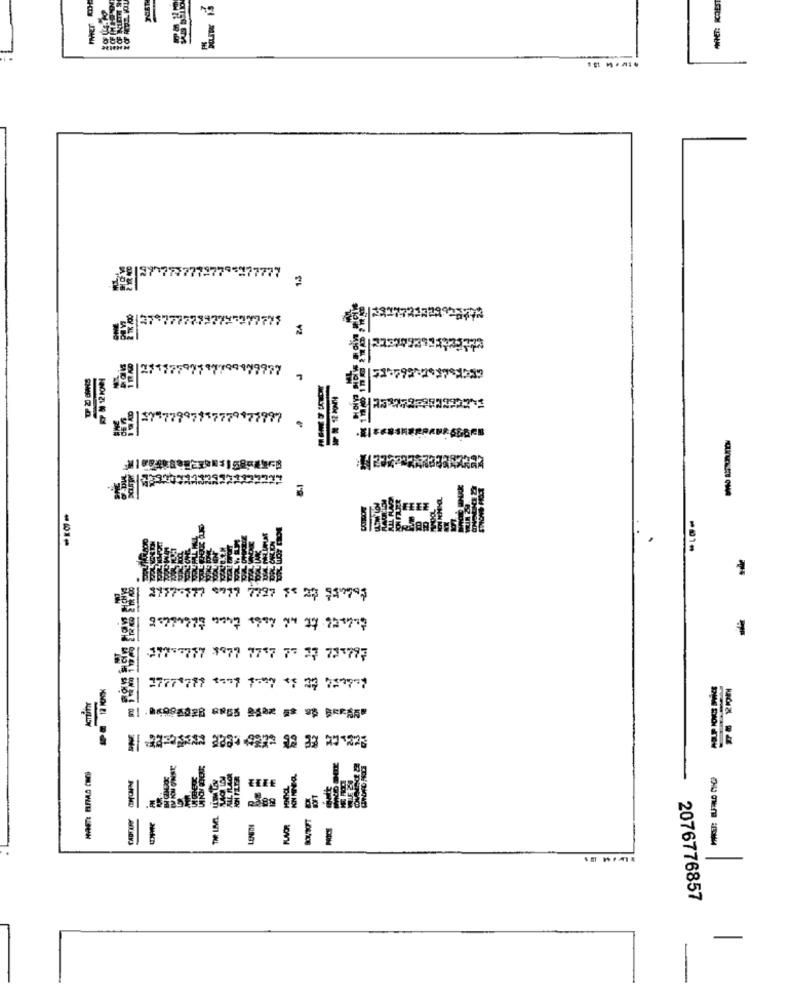
-01-
.
2177-777 8977 7797 7" 23 75"995
tilLes to no less than tibudist
277777 1977 7757 77 27 73 797
1777 777 8377 7-07 -1 37 719977
AUFLISY
VOMONE
CADTORY
2076776857